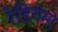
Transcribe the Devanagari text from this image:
रेडियम।